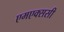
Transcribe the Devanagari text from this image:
एमएक्ससी